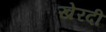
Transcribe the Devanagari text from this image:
खेरदी